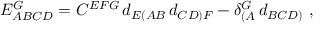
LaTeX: E _ { A B C D } ^ { G } = C ^ { E F G } \, d _ { E ( A B } \, d _ { C D ) F } - \delta _ { ( A } ^ { G } \, d _ { B C D ) } \ ,